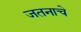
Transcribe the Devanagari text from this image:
जतनाचे